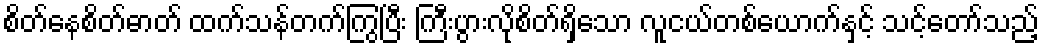
စိတ်နေစိတ်ဓာတ် ထက်သန်တက်ကြွပြီး ကြီးပွားလိုစိတ်ရှိသော လူငယ်တစ်ယောက်နှင့် သင့်တော်သည့်